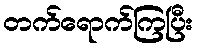
တက်ရောက်ကြပြီး